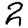
Digit: 2